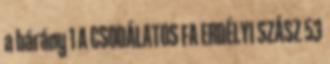
a bárány 1 A CSODÁLATOS FA ERDÉLYI SZÁSZ 53